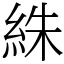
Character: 絑